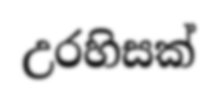
උරහිසක්